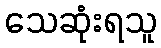
သေဆုံးရသူ